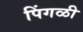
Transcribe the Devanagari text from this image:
पिंगळी